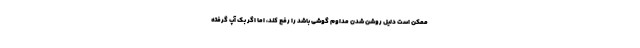
ممکن است دلیل روشن شدن مداوم گوشی باشد را رفع کند، اما اگر بک آپ گرفته